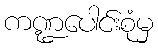
ကဏ္ဍပေါင်းစုံမှ